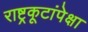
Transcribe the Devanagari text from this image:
राष्ट्रकूटांपेक्षा